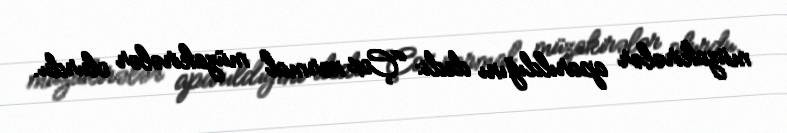
müzakirələr aparıldığını dedi: “Çox normal müzakirələr olurdu.